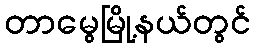
တာမွေမြို့နယ်တွင်